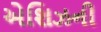
એશિઝની